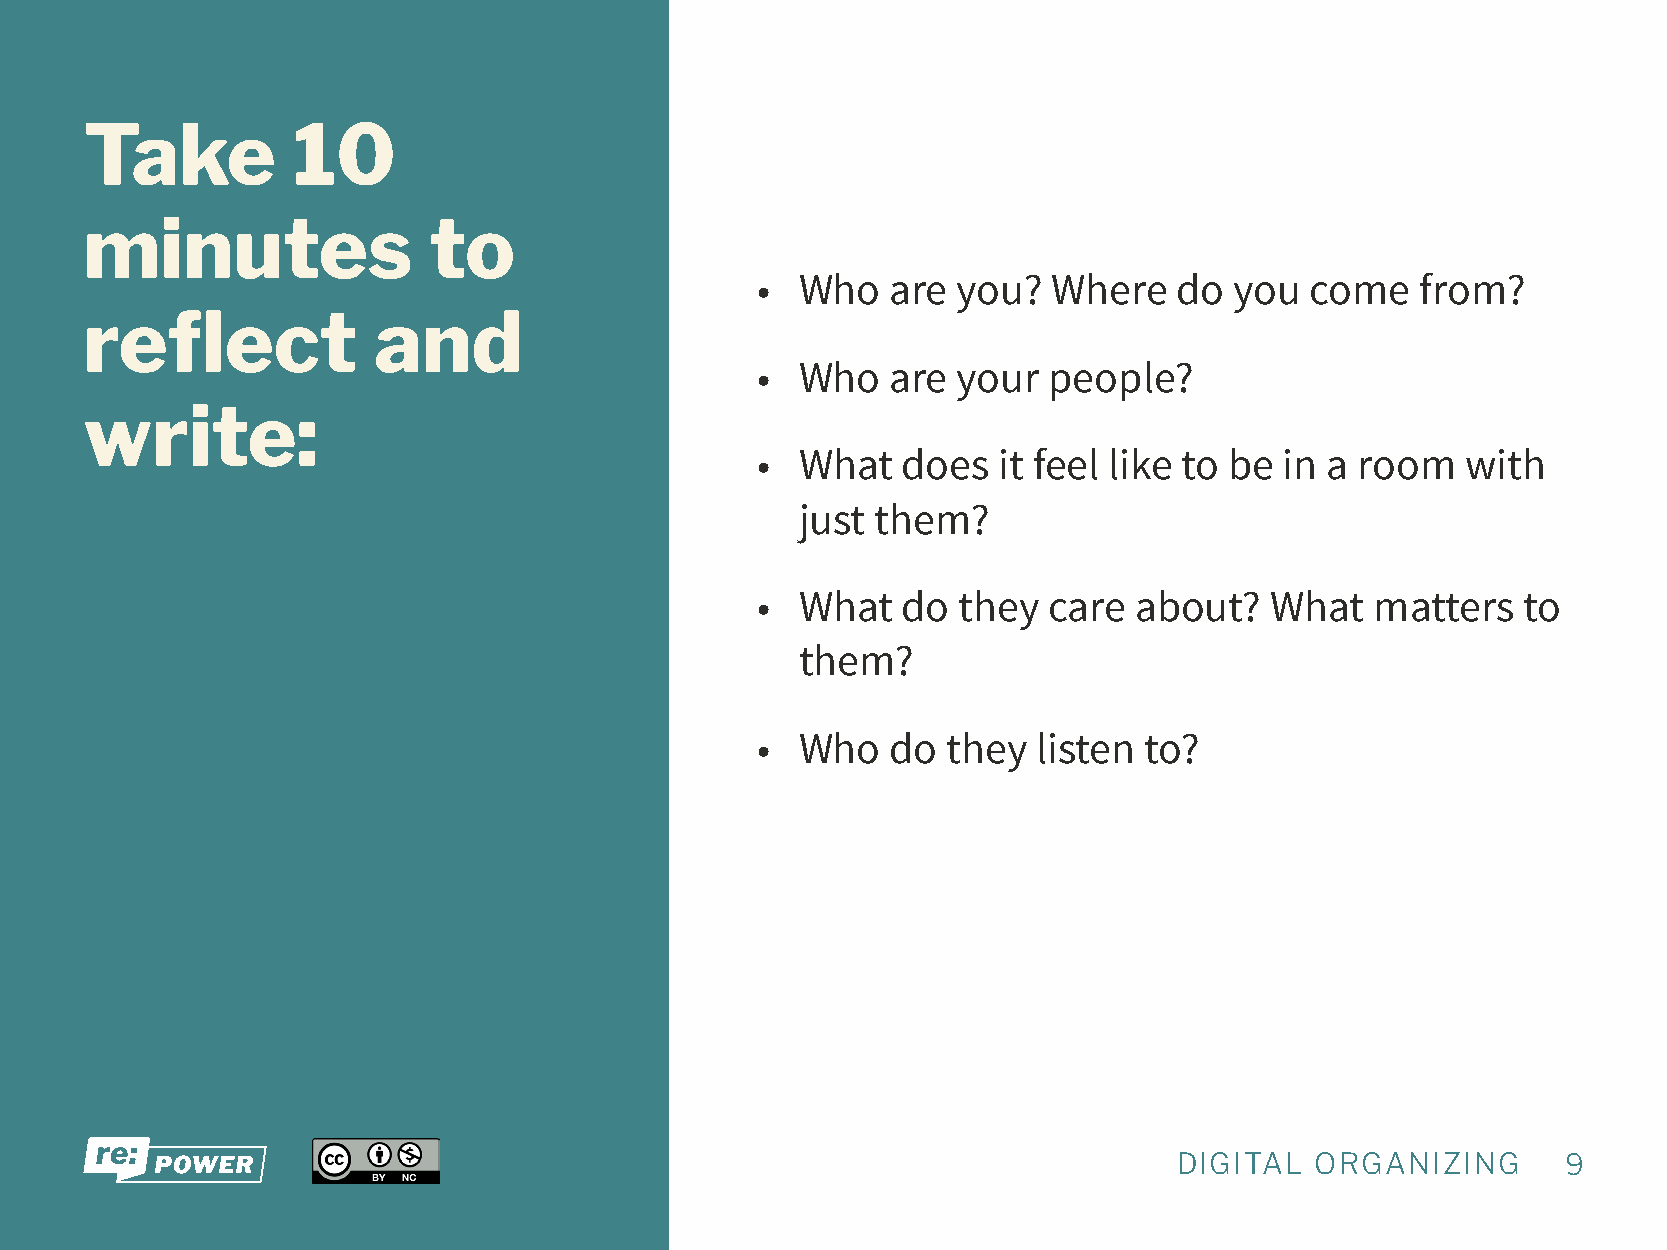
Take         10
 minutes               to
 •  Who   are you?   Where   do  you  come   from?
 reflect            and
 •  Who   are your  people?
 write:
 •  What   does  it feel like to be in a room   with
 just them?
 •  What   do they  care  about?   What   matters   to
 them?
 •  Who   do  they  listen to?
 DIGITAL  ORGANIZING       9